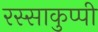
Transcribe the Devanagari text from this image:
रस्साकुप्पी